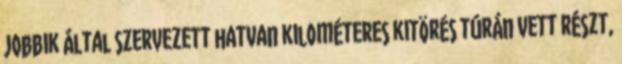
Jobbik által szervezett hatvan kilométeres kitörés túrán vett részt,